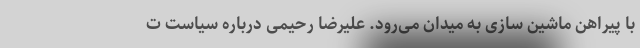
با پیراهن ماشین سازی به میدان می‌رود. علیرضا رحیمی درباره سیاست ت